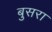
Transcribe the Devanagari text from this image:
बुसरा